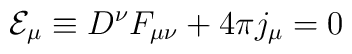
{\cal E}_\mu\equiv D^\nu F_{\mu\nu} +4\pi j_\mu=0